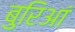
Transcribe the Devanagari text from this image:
बुरिआं